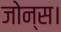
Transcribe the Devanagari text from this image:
जोन्स।